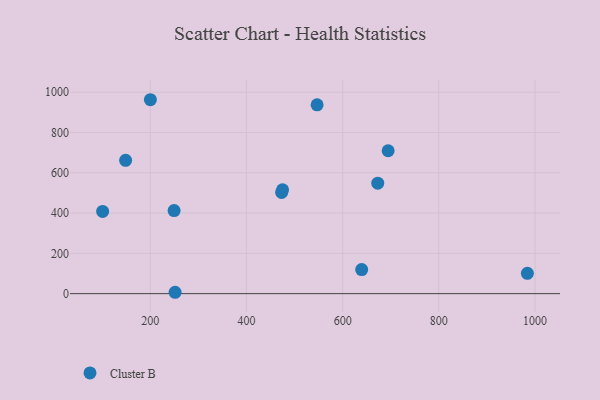
{"axis": {"x": "Investment", "y": "Fuel Efficiency"}, "legend": ["Cluster B"], "data": [{"x": "200.3", "y": 962.6, "type": "Cluster B"}, {"x": "694.6", "y": 709.4, "type": "Cluster B"}, {"x": "639.6", "y": 119.7, "type": "Cluster B"}, {"x": "101.0", "y": 407.9, "type": "Cluster B"}, {"x": "251.7", "y": 6.8, "type": "Cluster B"}, {"x": "984.1", "y": 101.0, "type": "Cluster B"}, {"x": "249.6", "y": 412.5, "type": "Cluster B"}, {"x": "546.9", "y": 937.3, "type": "Cluster B"}, {"x": "475.1", "y": 515.2, "type": "Cluster B"}, {"x": "673.0", "y": 548.2, "type": "Cluster B"}, {"x": "473.2", "y": 502.4, "type": "Cluster B"}, {"x": "148.8", "y": 661.9, "type": "Cluster B"}]}